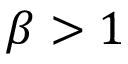
\beta > 1